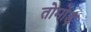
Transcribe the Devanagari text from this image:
तोमोड़